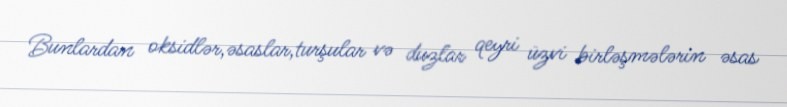
Bunlardan oksidlər,əsaslar,turşular və duzlar qeyri üzvi birləşmələrin əsas